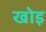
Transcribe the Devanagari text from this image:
खोइ